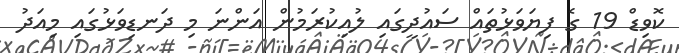
ކޮވިޑް 19 ގެ ފިޔަވަޅުތައް ސައުދީގައި ލުއިކުރަމުން އަންނަ މި ދަނޑިވަޅުގައި މިއަދު